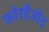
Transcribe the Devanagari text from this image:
फोरहैओंद